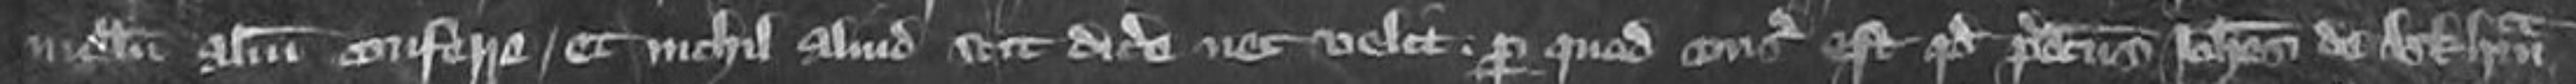
nullum aliud conferre et nichil aliud scit dicere nec velit Per quod consideratum est quod predictus Johannes de Arkham